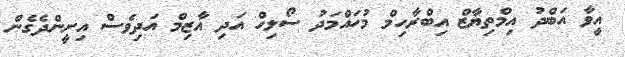
އީވާ އަބްދު އިމްތިޔާޒް އިބްރާހިމް މުހައްމަދު ސޯލިހް އަދި އާޒިމް އަދިވެސް އިށީންދެގެން